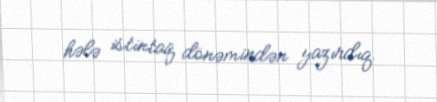
hələ istintaq dönəmindən yazırdıq.